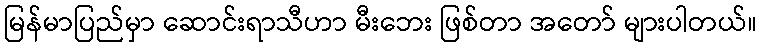
မြန်မာပြည်မှာ ဆောင်းရာသီဟာ မီးဘေး ဖြစ်တာ အတော် များပါတယ်။